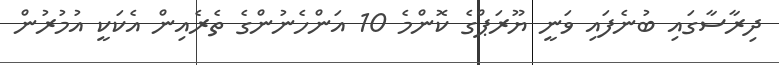
ދިރާސާގައި ބުނެފައި ވަނީ ޔޫރަޕްގެ ކޮންމެ 10 އަންހެނުންގެ ތެރެއިން އެކަކީ އުމުރުން